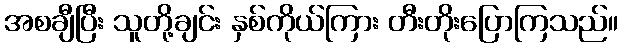
အစချီပြီး သူတို့ချင်း နှစ်ကိုယ်ကြား တီးတိုးပြောကြသည်။